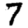
Digit: 7